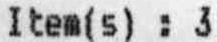
ITEM(S) : 3